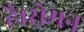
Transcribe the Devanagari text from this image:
है।रोमन